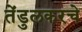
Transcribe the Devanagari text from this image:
तेंडुलकरचे